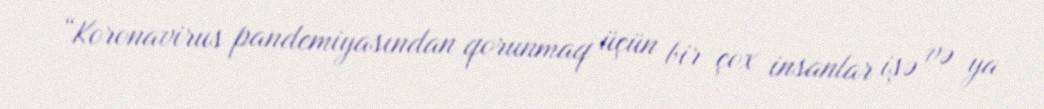
“Koronavirus pandemiyasından qorunmaq üçün bir çox insanlar işə və ya